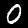
Label: 0